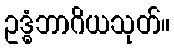
ဥဒ္ဓံဘာဂိယသုတ်။